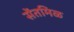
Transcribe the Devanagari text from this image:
सेंतमिळ